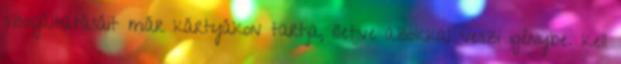
szolgáltatásáit már kártyákon tartja, illetve azokkal veszi igénybe. kell